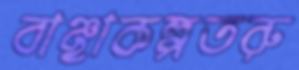
বাঞ্ছাকল্পতরু